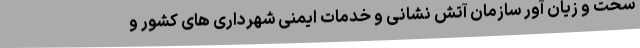
سخت و زیان آور سازمان آتش نشانی و خدمات ایمنی شهرداری های کشور و